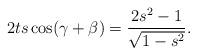
LaTeX: \begin{align*}2t s \cos(\gamma+\beta)=\frac{2s^2-1}{\sqrt{1-s^2}}.\end{align*}